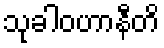
သုခါဝဟာနီတိ